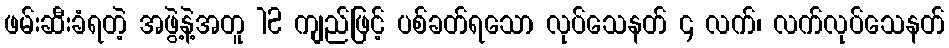
ဖမ်းဆီးခံရတဲ့ အဖွဲ့နဲ့အတူ 12 ကျည်ဖြင့် ပစ်ခတ်ရသော လုပ်သေနတ် ၄ လက်၊ လက်လုပ်သေနတ်